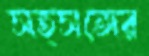
সত্সঙ্গের